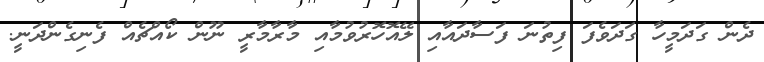
ދެން ގަދަމީހާ ގަދަވެފަ ފިތުނަ ފަސާދައާއި ލޭއޮހޮރުވުމާއި މާރާމާރީ ނޫން ކޯއްޗެއް ފެނިގެންދަނީ.